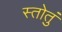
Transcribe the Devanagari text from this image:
स्तोतुं